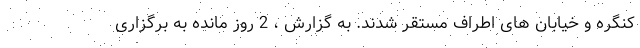
کنگره و خیابان های اطراف مستقر شدند. به گزارش ، 2 روز مانده به برگزاری